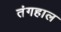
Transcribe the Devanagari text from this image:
तंगहाल